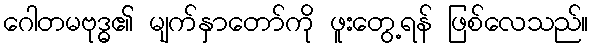
ဂေါတမဗုဒ္ဓ၏ မျက်နှာတော်ကို ဖူးတွေ့ရန် ဖြစ်လေသည်။